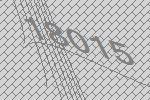
18015